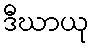
ဒီဃာယု